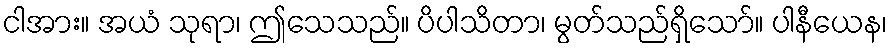
ငါအား။ အယံ သုရာ၊ ဤသေသည်။ ပိပါသိတာ၊ မွတ်သည်ရှိသော်။ ပါနီယေန၊